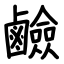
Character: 鹼